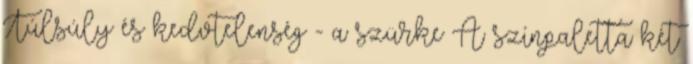
Túlsúly és kedvtelenség - a szürke A színpaletta két